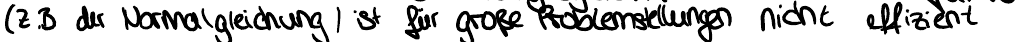
(z.B der Normalgleichung) ist für große Problemstellungen nicht effizient